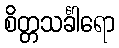
စိတ္တသင်္ခါရော